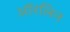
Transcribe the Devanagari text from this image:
ऑरलिन